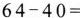
$$64-40= $$